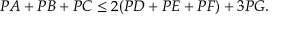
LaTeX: P A + P B + P C \leq 2 ( P D + P E + P F ) + 3 P G .